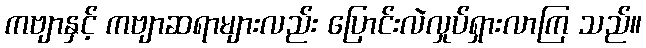
ကဗျာနှင့် ကဗျာဆရာများလည်း ပြောင်းလဲလှုပ်ရှားလာကြ သည်။